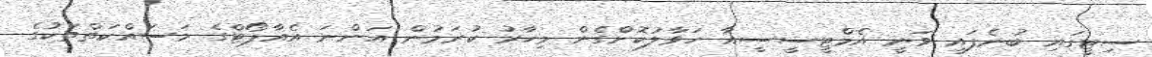
ސިޓީގައި ބުނެފައި ވަނީ އެމްޓީސީސީއާ ހަވާލުކޮށްގެން މިހާރު ކުރަމުން އަންނަ އެއާޕޯޓްގެ މަސައްކަތްތަކުގެ